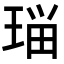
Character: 𭹗